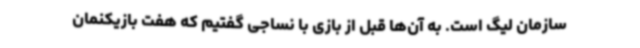
سازمان لیگ است. به آن‌ها قبل از بازی با نساجی گفتیم که هفت بازیکنمان